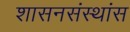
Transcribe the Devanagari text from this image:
शासनसंस्थांस